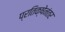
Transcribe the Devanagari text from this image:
प्रतिक्षेनंतर